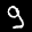
Label: 9